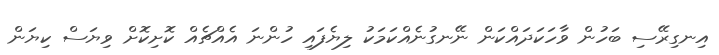
އިނގިރޭސި ބަހުން ވާހަކަދައްކަން ނޭނގުނެއްކަމަކު ލިޔެފައި ހުންނަ އެއްޗެއް ކޮށިކޮށް ވިޔަސް ކިޔަން